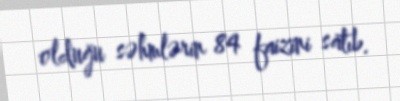
olduğu səhmlərin 84 faizini satıb.